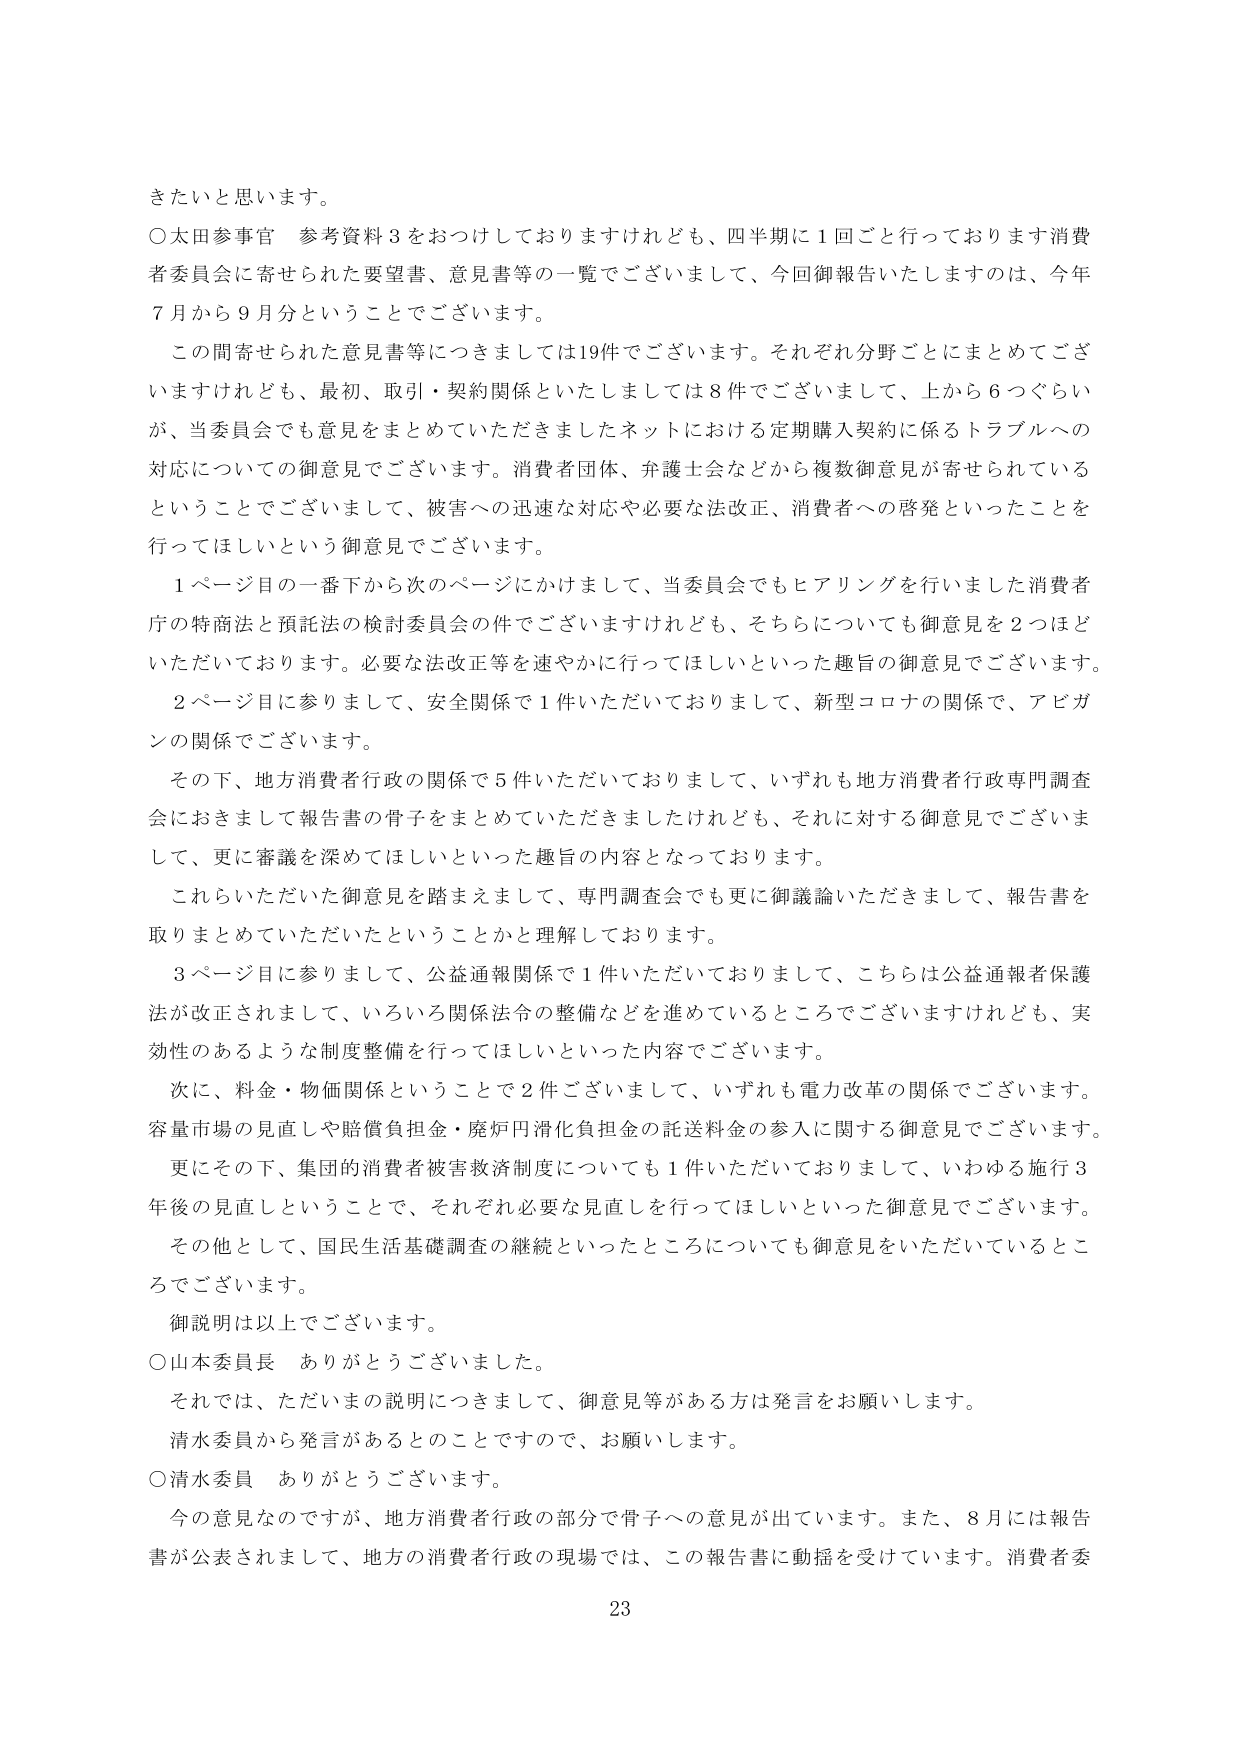
きたいと思います。

○太田参事官　参考資料３をおつけしておりますけれども、四半期に１回ごと行っております消費者委員会に寄せられた要望書、意見書等の一覧でございまして、今回御報告いたしますのは、今年７月から９月分ということでございます。

この間寄せられた意見書等につきましては19件でございます。それぞれ分野ごとにまとめてございますけれども、最初、取引・契約関係といたしましては８件でございまして、上から６つぐらいが、当委員会でも意見をまとめていただきましたネットにおける定期購入契約に係るトラブルへの対応についての御意見でございます。消費者団体、弁護士会などから複数御意見が寄せられているということでございまして、被害への迅速な対応や必要な法改正、消費者への啓発といったことを行ってほしいという御意見でございます。

１ページ目の一番下から次のページにかけまして、当委員会でもヒアリングを行いました消費者庁の特商法と預託法の検討委員会の件でございますけれども、それらについても御意見を２つほどいただいております。必要な法改正等を速やかに行ってほしいといった趣旨の御意見でございます。

２ページ目に参りまして、安全関係で１件いただいておりまして、新型コロナの関係で、アビガンの関係でございます。

その下、地方消費者行政の関係で５件いただいておりまして、いずれも地方消費者行政専門調査会におきまして報告書の骨子をまとめていただきましたけれども、それに対する御意見でございまして、更に審議を深めてほしいといった趣旨の内容となっております。

これらいただいた御意見を踏まえまして、専門調査会でも更に御議論いただきまして、報告書を取りまとめていただいたということかと理解しております。

３ページ目に参りまして、公益通報関係で１件いただいておりまして、こちらは公益通報者保護法が改正されまして、いろいろ関係法令の整備などを進めているところでございますけれども、実効性のあるような制度整備を行ってほしいといった内容でございます。

次に、料金・物価関係ということで２件ございまして、いずれも電力改革の関係でございます。容量市場の見直しや賠償負担金・廃炉円滑化負担金の託送料金の参入に関する御意見でございます。

更にその下、集団的消費者被害救済制度についても１件いただいておりまして、いわゆる施行３年後の見直しということで、それぞれ必要な見直しを行ってほしいといった御意見でございます。

その他として、国民生活基礎調査の継続といったところについても御意見をいただいているところでございます。

御説明は以上でございます。

○山本委員長　ありがとうございます。

それでは、ただいまの説明につきまして、御意見等がある方は発言をお願いします。

清水委員から発言があるとのことですので、お願いします。

○清水委員　ありがとうございます。

今の意見なのですが、地方消費者行政の部分で骨子への意見が出ています。また、８月には報告書が公表されまして、地方の消費者行政の現場では、この報告書に動揺を受けています。消費者委

23